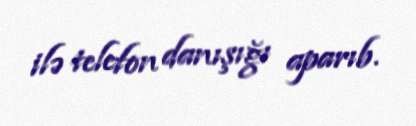
ilə telefon danışığı aparıb.